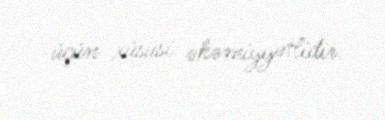
üçün xüsusi əhəmiyyətlidir.